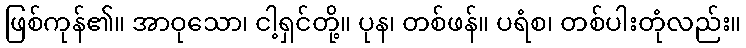
ဖြစ်ကုန်၏။ အာဝုသော၊ ငါ့ရှင်တို့။ ပုန၊ တစ်ဖန်။ ပရံစ၊ တစ်ပါးတုံလည်း။